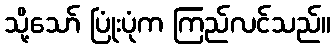
သို့သော် ပြုံးပုံက ကြည်လင်သည်။